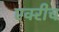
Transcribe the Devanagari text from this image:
एक्‍रीच